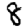
Digit: 8